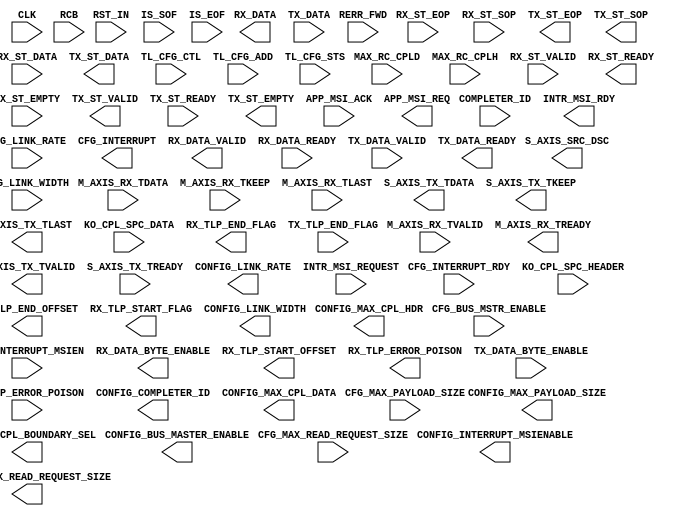
`timescale 1ns/1ns
//----------------------------------------------------------------------------
// This software is Copyright  2012 The Regents of the University of 
// California. All Rights Reserved.
//
// Permission to copy, modify, and distribute this software and its 
// documentation for educational, research and non-profit purposes, without 
// fee, and without a written agreement is hereby granted, provided that the 
// above copyright notice, this paragraph and the following three paragraphs 
// appear in all copies.
//
// Permission to make commercial use of this software may be obtained by 
// contacting:
// Technology Transfer Office
// 9500 Gilman Drive, Mail Code 0910
// University of California
// La Jolla, CA 92093-0910
// (858) 534-5815
// invent@ucsd.edu
// 
// This software program and documentation are copyrighted by The Regents of 
// the University of California. The software program and documentation are 
// supplied "as is", without any accompanying services from The Regents. The 
// Regents does not warrant that the operation of the program will be 
// uninterrupted or error-free. The end-user understands that the program was 
// developed for research purposes and is advised not to rely exclusively on 
// the program for any reason.
// 
// IN NO EVENT SHALL THE UNIVERSITY OF CALIFORNIA BE LIABLE TO
// ANY PARTY FOR DIRECT, INDIRECT, SPECIAL, INCIDENTAL, OR
// CONSEQUENTIAL DAMAGES, INCLUDING LOST PROFITS, ARISING
// OUT OF THE USE OF THIS SOFTWARE AND ITS DOCUMENTATION,
// EVEN IF THE UNIVERSITY OF CALIFORNIA HAS BEEN ADVISED OF
// THE POSSIBILITY OF SUCH DAMAGE. THE UNIVERSITY OF
// CALIFORNIA SPECIFICALLY DISCLAIMS ANY WARRANTIES,
// INCLUDING, BUT NOT LIMITED TO, THE IMPLIED WARRANTIES OF
// MERCHANTABILITY AND FITNESS FOR A PARTICULAR PURPOSE.
// THE SOFTWARE PROVIDED HEREUNDER IS ON AN "AS IS" BASIS, 
// AND THE UNIVERSITY OF CALIFORNIA HAS NO OBLIGATIONS TO
// PROVIDE MAINTENANCE, SUPPORT, UPDATES, ENHANCEMENTS, OR
// MODIFICATIONS.
//----------------------------------------------------------------------------
//////////////////////////////////////////////////////////////////////////////////
// Company: 
// Engineer: 
// 
// Design Name: 
// Module Name:    translation_layer_32
// Project Name: 
// Target Devices: 
// Tool versions: 
// Description:
// Translates AXI (Xilinx) signals into Unified (architecture
// independent) streaming signals for riffa. 
//
// Dependencies: None
//
// Revision: 
// Revision 0.01 - File Created
// Additional Comments: 
//
//////////////////////////////////////////////////////////////////////////////////
module translation_layer_32
  #(parameter C_ALTERA = 1'b1,
    parameter C_PCI_DATA_WIDTH = 10'd32)
   (	
        input                              CLK,
	    input                              RST_IN,

        // Xilinx Signals
	    input [C_PCI_DATA_WIDTH-1:0]       M_AXIS_RX_TDATA,
	    input [(C_PCI_DATA_WIDTH/8)-1:0]   M_AXIS_RX_TKEEP,
	    input                              M_AXIS_RX_TLAST, // Not used in the 128 bit interface
	    input                              M_AXIS_RX_TVALID,
	    output                             M_AXIS_RX_TREADY,
	    input [(C_PCI_DATA_WIDTH/32):0]    IS_SOF,
	    input [(C_PCI_DATA_WIDTH/32):0]    IS_EOF,
	    input                              RERR_FWD,
   
	    output [C_PCI_DATA_WIDTH-1:0]      S_AXIS_TX_TDATA,
	    output [(C_PCI_DATA_WIDTH/8)-1:0]  S_AXIS_TX_TKEEP,
	    output                             S_AXIS_TX_TLAST,
	    output                             S_AXIS_TX_TVALID,
	    output                             S_AXIS_SRC_DSC,
	    input                              S_AXIS_TX_TREADY,
   
	    input [15:0]                       COMPLETER_ID,
	    input                              CFG_BUS_MSTR_ENABLE, 
	    input [5:0]                        CFG_LINK_WIDTH, // cfg_lstatus[9:4] (from Link Status Register): 000001=x1, 000010=x2, 000100=x4, 001000=x8, 001100=x12, 010000=x16, 100000=x32, others=? 
	    input [1:0]                        CFG_LINK_RATE, // cfg_lstatus[1:0] (from Link Status Register): 01=2.5GT/s, 10=5.0GT/s, others=?
	    input [2:0]                        CFG_MAX_READ_REQUEST_SIZE, // cfg_dcommand[14:12] (from Device Control Register): 000=128B, 001=256B, 010=512B, 011=1024B, 100=2048B, 101=4096B
	    input [2:0]                        CFG_MAX_PAYLOAD_SIZE, // cfg_dcommand[7:5] (from Device Control Register): 000=128B, 001=256B, 010=512B, 011=1024B

	    input                              CFG_INTERRUPT_MSIEN, // 1 if MSI interrupts are enable, 0 if only legacy are supported
	    input                              CFG_INTERRUPT_RDY, // High when interrupt is able to be sent
	    output                             CFG_INTERRUPT, // High to request interrupt, when both CFG_INTERRUPT_RDY and CFG_INTERRUPT are high, interrupt is sent)
		input 				  RCB,
		input [11:0] 			  MAX_RC_CPLD, // Receive credit limit for data (be sure fc_sel == 001)
		input [7:0] 			  MAX_RC_CPLH, // Receive credit limit for headers (be sure fc_sel == 001)

        // Altera Signals
        input [C_PCI_DATA_WIDTH-1:0]       RX_ST_DATA,
        input [0:0]                        RX_ST_EOP,
        input [0:0]                        RX_ST_VALID,
        output                             RX_ST_READY,
        input [0:0]                        RX_ST_SOP,
        input [0:0]                        RX_ST_EMPTY,

        output [C_PCI_DATA_WIDTH-1:0]      TX_ST_DATA,
        output [0:0]                       TX_ST_VALID,
        input                              TX_ST_READY,
        output [0:0]                       TX_ST_EOP,
        output [0:0]                       TX_ST_SOP,
		output [0:0]                       TX_ST_EMPTY,

        input [31:0]                       TL_CFG_CTL,
        input [3:0]                        TL_CFG_ADD,
        input [52:0]                       TL_CFG_STS,

		input [7:0] 			  KO_CPL_SPC_HEADER,
		input [11:0] 			  KO_CPL_SPC_DATA,
        input                              APP_MSI_ACK,
        output                             APP_MSI_REQ,

        // Unified Signals
	    output [C_PCI_DATA_WIDTH-1:0]      RX_DATA,
	    output                             RX_DATA_VALID,
        input                              RX_DATA_READY,
	    output [(C_PCI_DATA_WIDTH/8)-1:0]  RX_DATA_BYTE_ENABLE,

	    output                             RX_TLP_END_FLAG,
	    output [3:0]                       RX_TLP_END_OFFSET,
        output                             RX_TLP_START_FLAG,
	    output [3:0]                       RX_TLP_START_OFFSET,
	    output                             RX_TLP_ERROR_POISON,
   
	    input [C_PCI_DATA_WIDTH-1:0]       TX_DATA,
	    input [(C_PCI_DATA_WIDTH/8)-1:0]   TX_DATA_BYTE_ENABLE,
	    input                              TX_TLP_END_FLAG,
	    input                              TX_DATA_VALID,
	    input                              TX_TLP_ERROR_POISON, 
	    output                             TX_DATA_READY,

	    output [15:0]                      CONFIG_COMPLETER_ID,
	    output                             CONFIG_BUS_MASTER_ENABLE, 
	    output [5:0]                       CONFIG_LINK_WIDTH, // cfg_lstatus[9:4] (from Link Status Register): 000001=x1, 000010=x2, 000100=x4, 001000=x8, 001100=x12, 010000=x16, 100000=x32, others=? 
	    output [1:0]                       CONFIG_LINK_RATE, // cfg_lstatus[1:0] (from Link Status Register): 01=2.5GT/s, 10=5.0GT/s, others=?
	    output [2:0]                       CONFIG_MAX_READ_REQUEST_SIZE, // cfg_dcommand[14:12] (from Device Control Register): 000=128B, 001=256B, 010=512B, 011=1024B, 100=2048B, 101=4096B
	    output [2:0]                       CONFIG_MAX_PAYLOAD_SIZE, // cfg_dcommand[7:5] (from Device Control Register): 000=128B, 001=256B, 010=512B, 011=1024B
        output                             CONFIG_INTERRUPT_MSIENABLE, // 1 if MSI interrupts are enable, 0 if only legacy are supported

		output [11:0] 			  CONFIG_MAX_CPL_DATA, // Receive credit limit for data
		output [7:0] 			  CONFIG_MAX_CPL_HDR, // Receive credit limit for headers
		output 				  CONFIG_CPL_BOUNDARY_SEL, // Read completion boundary (0=64 bytes, 1=128 byte

	    output                             INTR_MSI_RDY, // High when interrupt is able to be sent
	    input                              INTR_MSI_REQUEST // High to request interrupt, when both CFG_INTERRUPT_RDY and CFG_INTERRUPT are high
        );
   generate
      if(C_ALTERA == 1'b1) begin : altera_translator_32
         // If you have reached here, something has gone
         // horrendously wrong. Altera does not have a 32-bit PCIE
         // interface. Please adapt your application and try again.

      end else begin : xilinx_translator_32
         // Rx Interface (From PCIe Core)
         assign RX_DATA = M_AXIS_RX_TDATA;
         assign RX_DATA_VALID = M_AXIS_RX_TVALID;
         assign RX_DATA_BYTE_ENABLE = M_AXIS_RX_TKEEP;
         assign RX_TLP_END_FLAG = M_AXIS_RX_TLAST;
         assign RX_TLP_END_OFFSET = M_AXIS_RX_TKEEP[3];
         assign RX_TLP_START_FLAG = 1'd0;
         assign RX_TLP_START_OFFSET = 4'h0;
         assign RX_TLP_ERROR_POISON = RERR_FWD;

         // Rx Interface (To PCIe Core)
         assign M_AXIS_RX_TREADY =  RX_DATA_READY;

         // TX Interface (From PCIe Core)
         assign TX_DATA_READY = S_AXIS_TX_TREADY;

         // TX Interface (TO PCIe Core)
         assign S_AXIS_TX_TDATA = TX_DATA;
         assign S_AXIS_TX_TVALID = TX_DATA_VALID;
         assign S_AXIS_TX_TKEEP = TX_DATA_BYTE_ENABLE;
         assign S_AXIS_TX_TLAST = TX_TLP_END_FLAG;
         assign S_AXIS_SRC_DSC = TX_TLP_ERROR_POISON;

         // Configuration Interface
         assign CONFIG_COMPLETER_ID = COMPLETER_ID;
         assign CONFIG_BUS_MASTER_ENABLE = CFG_BUS_MSTR_ENABLE;
         assign CONFIG_LINK_WIDTH = CFG_LINK_WIDTH;
         assign CONFIG_LINK_RATE = CFG_LINK_RATE;
         assign CONFIG_MAX_READ_REQUEST_SIZE = CFG_MAX_READ_REQUEST_SIZE;
         assign CONFIG_MAX_PAYLOAD_SIZE = CFG_MAX_PAYLOAD_SIZE;
         assign CONFIG_INTERRUPT_MSIENABLE = CFG_INTERRUPT_MSIEN;
	 	 assign CONFIG_CPL_BOUNDARY_SEL = RCB;
	 	 assign CONFIG_MAX_CPL_DATA = MAX_RC_CPLD;
	 	 assign CONFIG_MAX_CPL_HDR = MAX_RC_CPLH;

         // Interrupt interface
         assign CFG_INTERRUPT = INTR_MSI_REQUEST;
         assign INTR_MSI_RDY = CFG_INTERRUPT_RDY;
      end
   endgenerate
endmodule